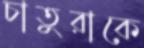
চাতুরাকে